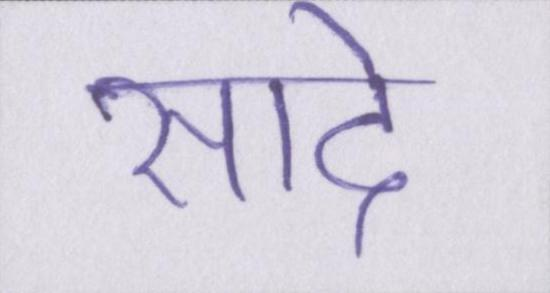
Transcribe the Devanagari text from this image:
सादे